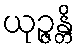
ယုဉ္ဇန္တိ